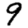
Digit: 9